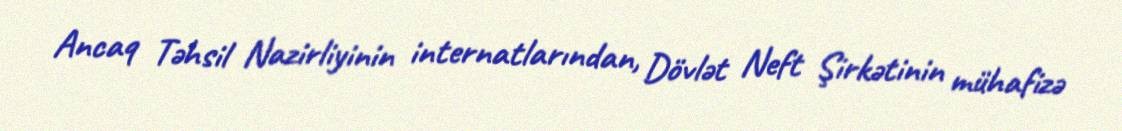
Ancaq Təhsil Nazirliyinin internatlarından, Dövlət Neft Şirkətinin mühafizə